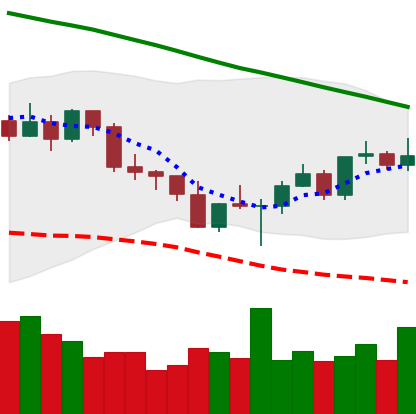
Ticker: ETC-USD
Chart end date: 2022-03-03
Forward return: -11.651%
Label: down_7plus